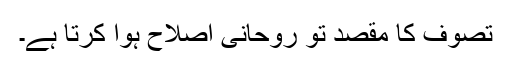
تصوف کا مقصد تو روحانی اصلاح ہوا کرتا ہے۔